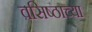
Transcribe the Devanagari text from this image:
वसिष्ठाच्या